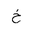
Letter: _kha